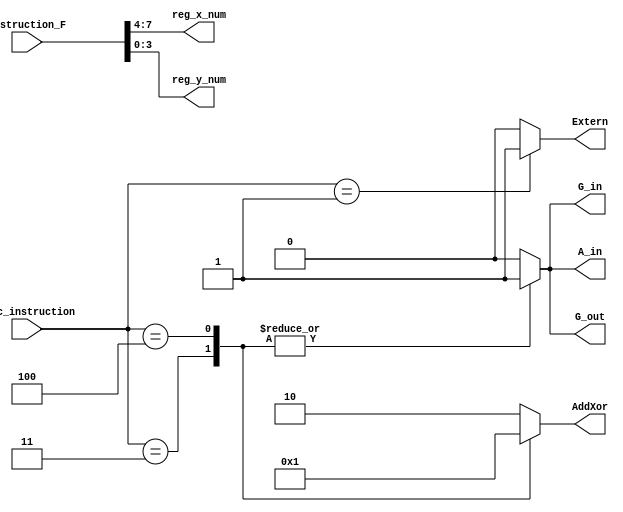
module FSM_given_state(func_instruction, instruction_F,reg_x_num,reg_y_num, A_in,G_in,G_out,Extern,AddXor);
	input [11:0] instruction_F;
	input [3:0] func_instruction;
	
	//00 first 0 is R_out.second 0 is R_in
	output reg[3:0] reg_x_num,reg_y_num;
	
	output reg A_in,G_in,G_out, Extern;
	output reg[1:0] AddXor;
	
	
	always @ (func_instruction) begin
		case (func_instruction)
			4'b0000 : begin Extern <= 1'b0; A_in <= 1'b0; G_in <= 1'b0; G_out <= 1'b0; AddXor <= 2'b10; reg_x_num <= instruction_F[7:4]; reg_y_num <= instruction_F[3:0]; end
			4'b0001 : begin Extern <= 1'b1; A_in <= 1'b0; G_in <= 1'b0; G_out <= 1'b0; AddXor <= 2'b10; reg_x_num <= instruction_F[7:4]; reg_y_num <= instruction_F[3:0]; end
			4'b0010 : begin Extern <= 1'b0; A_in <= 1'b0; G_in <= 1'b0; G_out <= 1'b0; AddXor <= 2'b10; reg_x_num <= instruction_F[7:4]; reg_y_num <= instruction_F[3:0]; end
			4'b0011 : begin Extern <= 1'b0; A_in <= 1'b1; G_in <= 1'b1; G_out <= 1'b1; AddXor <= 2'b00; reg_x_num <= instruction_F[7:4]; reg_y_num <= instruction_F[3:0]; end
			4'b0100 : begin Extern <= 1'b0; A_in <= 1'b1; G_in <= 1'b1; G_out <= 1'b1; AddXor <= 2'b01; reg_x_num <= instruction_F[7:4]; reg_y_num <= instruction_F[3:0]; end
			default : begin Extern <= 1'b0; A_in <= 1'b0; G_in <= 1'b0; G_out <= 1'b0; AddXor <= 2'b10; reg_x_num <= instruction_F[7:4]; reg_y_num <= instruction_F[3:0]; end
		endcase
	end
	
				
endmodule